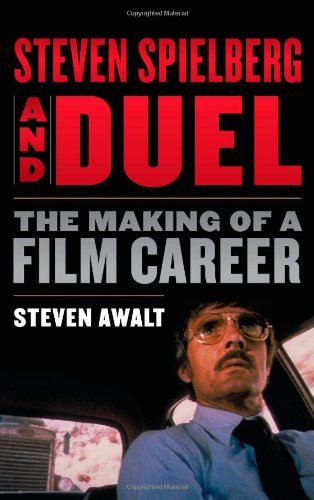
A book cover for Steven Spielberg and Duel: The Making of a Film Career; Steven Awalt; Humor & Entertainment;